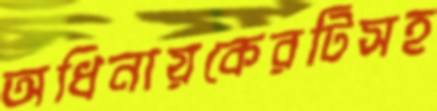
অধিনায়কেরটিসহ